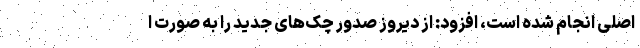
اصلی انجام شده است، افزود: از دیروز صدور چک‌های جدید را به صورت ا